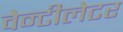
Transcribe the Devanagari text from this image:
वेन्टीलेटर